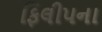
ફિલીપના